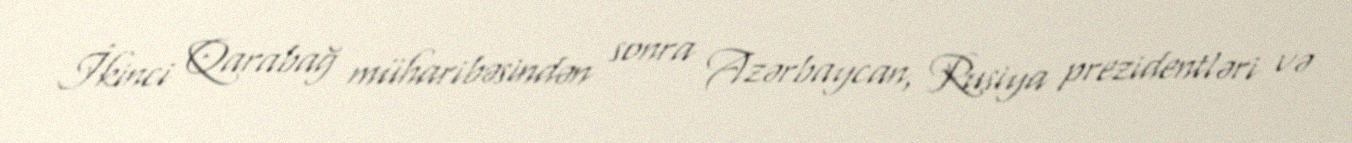
İkinci Qarabağ müharibəsindən sonra Azərbaycan, Rusiya prezidentləri və